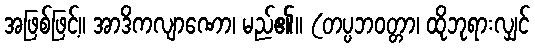
အဖြစ်ဖြင့်။ အာဒိကလျာဏော၊ မည်၏။ (တပ္ပဘဝတ္တာ၊ ထိုဘုရားလျှင်